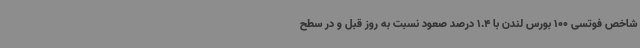
شاخص فوتسی 100 بورس لندن با 1.4 درصد صعود نسبت به روز قبل و در سطح